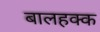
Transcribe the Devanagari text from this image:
बालहक्क